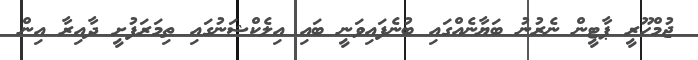
ޖުމްހޫރީ ޕާޓީން ނެރުނު ބަޔާނެއްގައި ބުނެފައިވަނީ ބައި އިލެކްޝަނުގައި ތިމަރަފުށީ ދާއިރާ އިން